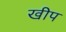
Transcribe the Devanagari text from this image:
खीप